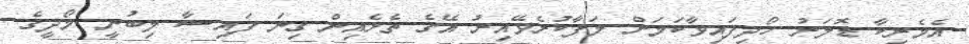
އެމެރިކާ ޑޮލަރު ހޯދިފައިވާކަމަށް ލަފާކުރެވޭއިރު އޭގެ ތެރެއިން ގިނަ ފައިސާ ލިބުނީ މޯދީގެ